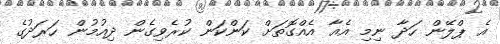
އެ ޕްލޭން ހަދާ ނިމި އެއާ އެއްގޮތަށް ކަންކަން ކުރެވިގެން ދިއުމުން ހަރަދުގެ